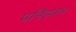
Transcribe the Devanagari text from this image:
पनिहारन